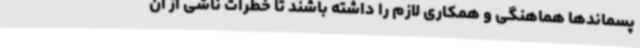
پسماندها هماهنگی و همکاری لازم را داشته باشند تا خطرات ناشی از آن